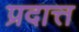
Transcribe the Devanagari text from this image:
प्रदात्त